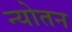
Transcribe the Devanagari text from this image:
न्योतन